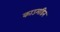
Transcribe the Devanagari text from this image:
काउमडिन